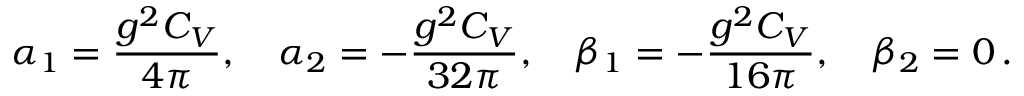
{ \alpha } _ { 1 } = \displaystyle \frac { g ^ { 2 } C _ { V } } { 4 \pi } , \quad { \alpha } _ { 2 } = - \displaystyle \frac { g ^ { 2 } C _ { V } } { 3 2 \pi } , \quad { \beta } _ { 1 } = - \displaystyle \frac { g ^ { 2 } C _ { V } } { 1 6 \pi } , \quad { \beta } _ { 2 } = 0 \, .